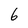
Character: 6